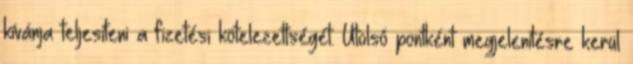
kívánja teljesíteni a fizetési kötelezettségét. Utolsó pontként megjelenítésre kerül